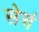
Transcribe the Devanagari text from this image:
सेयं